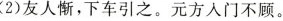
(2)友人惭，下车引之。元方入门不顾。